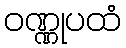
ဝဏ္ဏုပထံ